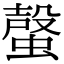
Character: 𧏌